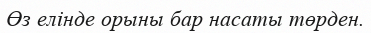
Өз елінде орыны бар насаты төрден.